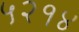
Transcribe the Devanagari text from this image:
५२१४